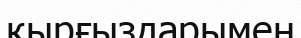
қырғыздарымен